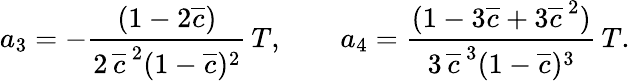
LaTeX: \begin{array}{ccc}{\displaystyle{a_{3}=-\frac{(1-2\overline{{c}})}{2\, \overline{{c}}^{\, 2}(1-\overline{{c}})^{2}}\, T,\qquad a_{4}=\frac{(1-3\overline{{c}}+3\overline{{c}}^{\, 2})}{3\, \overline{{c}}^{\, 3}(1-\overline{{c}})^{3}}\, T.}}\end{array}